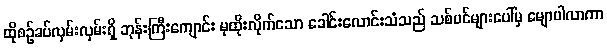
ထိုစဉ်ခပ်လှမ်းလှမ်းရှိ ဘုန်းကြီးကျောင်း မှထိုးလိုက်သော ခေါင်းလောင်းသံသည် သစ်ပင်များပေါ်မှ မျောပါလာကာ